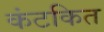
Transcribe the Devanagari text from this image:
कंटकित